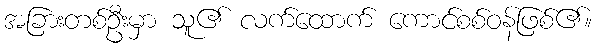
အခြားတစ်ဦးမှာ သူ၏ လက်ထောက် ကောင်စစ်ဝန်ဖြစ်၏။